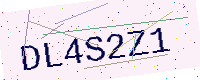
Text: DL4S2Z1